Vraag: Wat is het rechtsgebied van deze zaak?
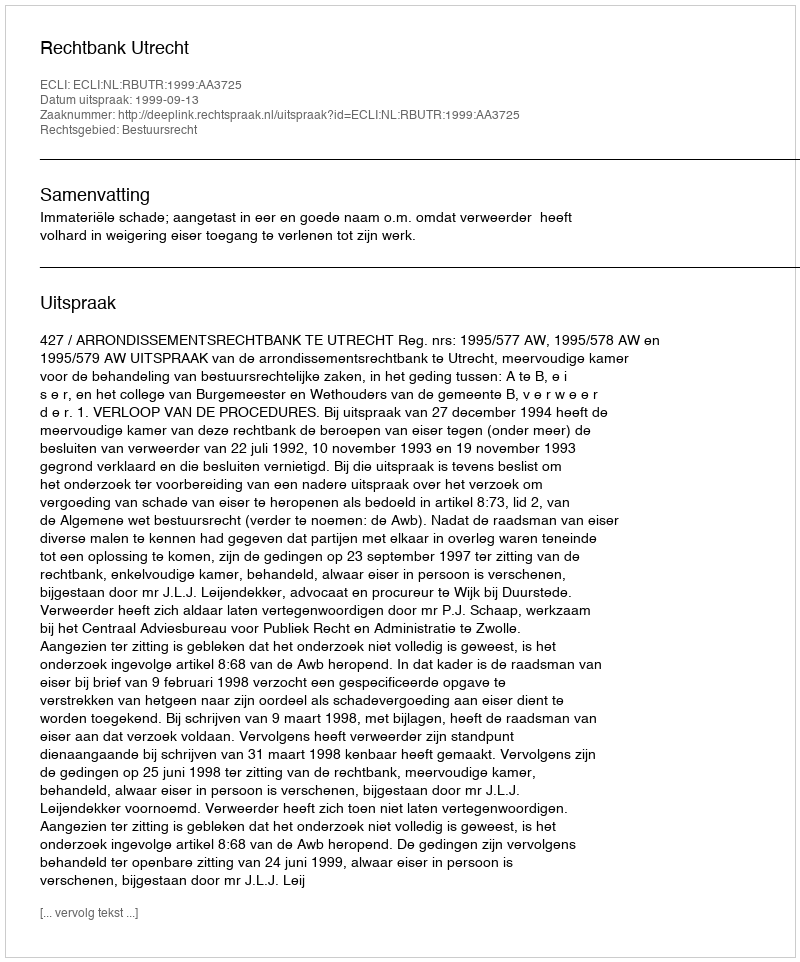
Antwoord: Bestuursrecht